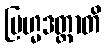
ဗြဟ္မဒတ္တာတိ